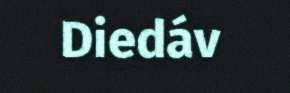
Diedáv